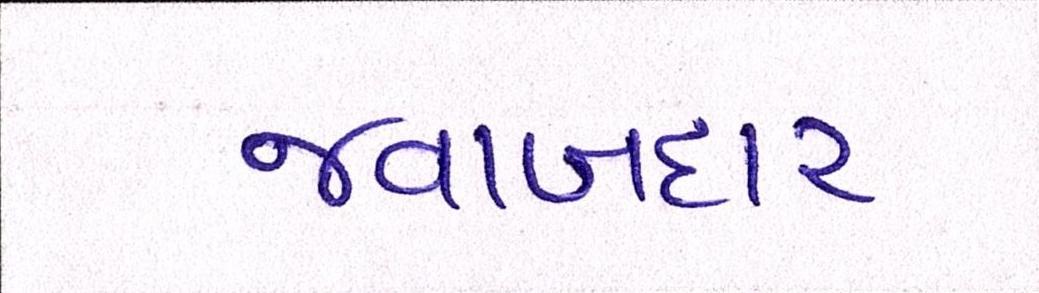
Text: જવાબદાર